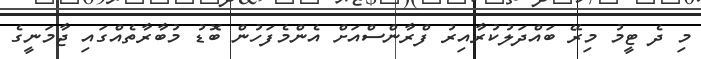
މި ދެ ޓީމު މިރޭ ބައްދަލުކުރާއިރު ފްރާންސްއަށް އެންމެފަހުން ބޮޑު މުބާރާތެއްގައި ޖާމަނީގެ